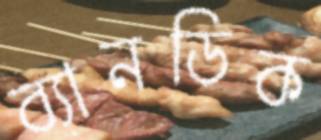
ব্যানডিক